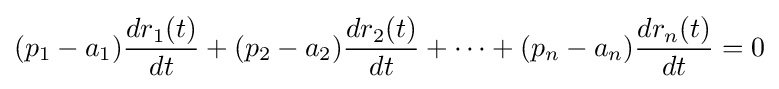
(p_{1}-a_{1}){\frac {dr_{1}(t)}{dt}}+(p_{2}-a_{2}){\frac {dr_{2}(t)}{dt}}+\cdots +(p_{n}-a_{n}){\frac {dr_{n}(t)}{dt}}=0